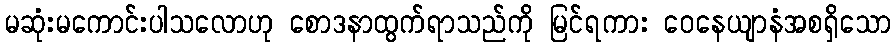
မဆုံးမကောင်းပါသလောဟု စောဒနာထွက်ရာသည်ကို မြင်ရကား ဝေနေယျာနံအစရှိသော